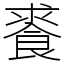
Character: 𩛰